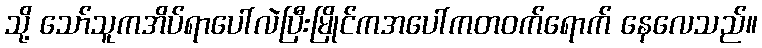
သို့ သော်သူကအိပ်ရာပေါ်လဲပြီးမြိုင်ကအပေါ်ကတဝက်ရောက် နေလေသည်။